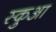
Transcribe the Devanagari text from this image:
स्कुआ